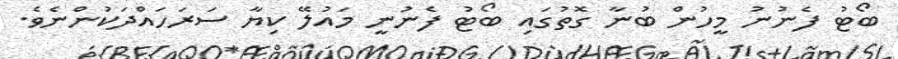
ބޯޓު ފެނުނު މީހުން ބުނާ ގޮތުގައި ބޯޓު ފެނުނީ މައުލޭ ކިޔާ ސަރަހައްދަކުންނެވެ.